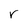
Character: r